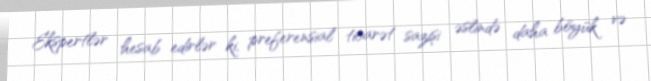
Ekspertlər hesab edirlər ki, preferensial ticarət sazişi əslində daha böyük və